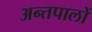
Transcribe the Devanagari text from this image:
अन्तपालों